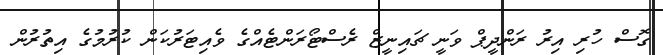
ގޮސް ހުރި އިރު ރަންދީޕް ވަނީ ޗައިނީޒް ރެސްޓޯރަންޓެއްގެ ވެއިޓަރުކަން ކުރުމުގެ އިތުރުން